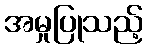
အမှုပြုသည့်